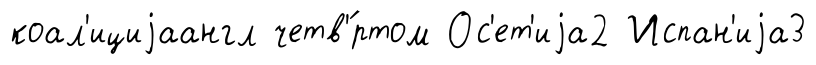
коал'ициjаангл четв'́ртом Ос'ет'иjа2 Испан'иjа3